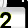
Digit: 2